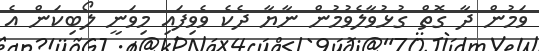
ވަމުން ދާ ގޮތް ގުޅުވާލެވުމުން ނާޔާ ދެކެ ވެވިފައި މިވަނީ ލޯބިކަން އެ